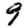
Digit: 9